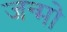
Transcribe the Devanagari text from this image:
जन्मो